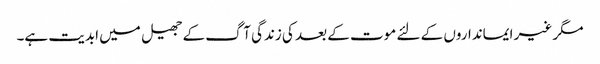
مگر غیر ایمانداروں کے لئے موت کے بعد کی زندگی آگ کے جھیل میں ابدیت ہے۔